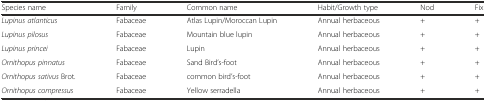
<table><thead><tr><td><b>Species name</b></td><td><b>Family</b></td><td><b>Common name</b></td><td><b>Habit/Growth type</b></td><td><b>Nod</b></td><td><b>Fix</b></td></tr></thead><tbody><tr><td><i>Lupinus atlanticus</i></td><td>Fabaceae</td><td>Atlas Lupin/Moroccan Lupin</td><td>Annual herbaceous</td><td>+</td><td>+</td></tr><tr><td><i>Lupinus pilosus</i></td><td>Fabaceae</td><td>Mountain blue lupin</td><td>Annual herbaceous</td><td>+</td><td>+</td></tr><tr><td><i>Lupinus princei</i></td><td>Fabaceae</td><td>Lupin</td><td>Annual herbaceous</td><td>+</td><td>+</td></tr><tr><td><i>Ornithopus pinnatus</i></td><td>Fabaceae</td><td>Sand Bird’s-foot</td><td>Annual herbaceous</td><td>+</td><td>+</td></tr><tr><td><i>Ornithopus sativus</i> Brot.</td><td>Fabaceae</td><td>common bird’s-foot</td><td>Annual herbaceous</td><td>+</td><td>+</td></tr><tr><td><i>Ornithopus compressus</i></td><td>Fabaceae</td><td>Yellow serradella</td><td>Annual herbaceous</td><td>+</td><td>+</td></tr></tbody></table>